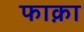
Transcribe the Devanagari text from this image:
फाक़ा